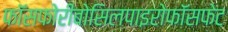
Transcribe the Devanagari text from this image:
फॉसफोरीबोसिलपाइरोफॉसफेट